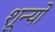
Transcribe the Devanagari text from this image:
शून्यो